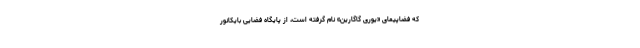
که فضاپیمای «یوری گاگارین» نام گرفته است، از پایگاه فضایی بایکانور